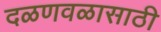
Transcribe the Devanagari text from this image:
दळणवळासाठी